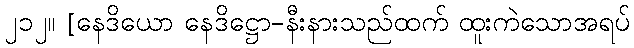
၂၁၂။ [နေဒိယော နေဒိဋ္ဌော-နီးနားသည်ထက် ထူးကဲသောအရပ်